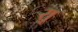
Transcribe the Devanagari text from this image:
र्‍ाू